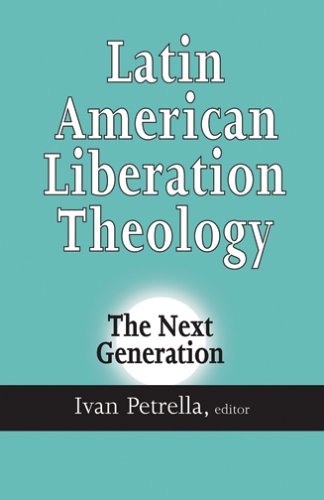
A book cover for Latin American Liberation Theology: The Next Generation; Christian Books & Bibles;